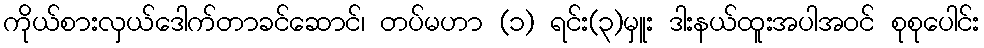
ကိုယ်စားလှယ်ဒေါက်တာခင်ဆောင်၊ တပ်မဟာ (၁) ရင်း(၃)မှူး ဒါးနယ်ထူးအပါအဝင် စုစုပေါင်း